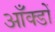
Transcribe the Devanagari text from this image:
आँक्डों